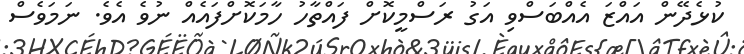
ކުޅެދޭން އައްޒަ އެއްބަސްވި އަގު ރަސްމީކޮށް ފައްތާހު ހާމަކޮށްފައެއް ނުވެ އެވެ. ނަމަވެސް